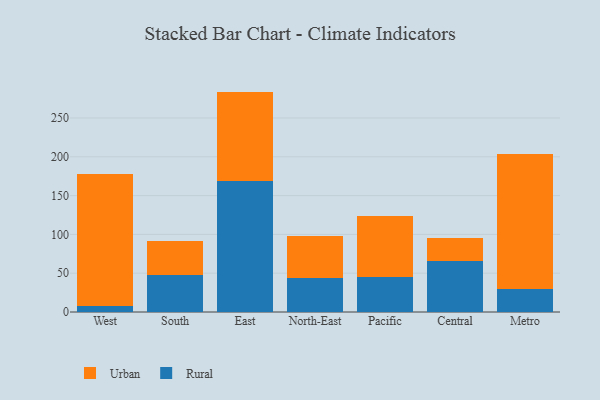
{"axis": {"x": "Region", "y": "Production Output"}, "legend": ["Rural", "Urban"], "data": [{"x": "West", "y": 8.3, "type": "Rural"}, {"x": "West", "y": 169.0, "type": "Urban"}, {"x": "South", "y": 47.3, "type": "Rural"}, {"x": "South", "y": 44.7, "type": "Urban"}, {"x": "East", "y": 169.0, "type": "Rural"}, {"x": "East", "y": 115.0, "type": "Urban"}, {"x": "North-East", "y": 44.2, "type": "Rural"}, {"x": "North-East", "y": 53.2, "type": "Urban"}, {"x": "Pacific", "y": 45.5, "type": "Rural"}, {"x": "Pacific", "y": 77.7, "type": "Urban"}, {"x": "Central", "y": 65.3, "type": "Rural"}, {"x": "Central", "y": 30.4, "type": "Urban"}, {"x": "Metro", "y": 29.8, "type": "Rural"}, {"x": "Metro", "y": 174.2, "type": "Urban"}]}